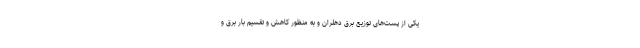
یکی از پست‌های توزیع برق دهلران و به منظور کاهش و تقسیم بار برق و